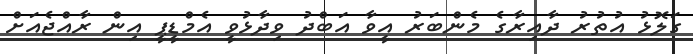
ގަލޮޅު އުތުރު ދާއިރާގެ މެންބަރު އީވާ އަބްދު ވިދާޅުވީ އެމްޑީޕީ އިން ރާއްޖެއަށް